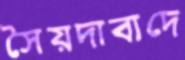
সৈয়দাবাদে